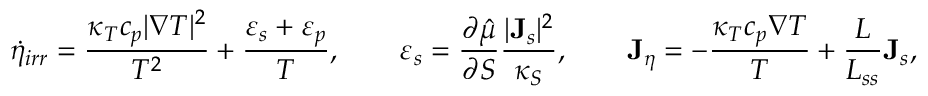
\dot { \eta } _ { i r r } = \frac { \kappa _ { T } c _ { p } | \nabla T | ^ { 2 } } { T ^ { 2 } } + \frac { \varepsilon _ { s } + \varepsilon _ { p } } { T } , \qquad \varepsilon _ { s } = \frac { \partial \hat { \mu } } { \partial S } \frac { | { \bf J } _ { s } | ^ { 2 } } { \kappa _ { S } } , \qquad { \bf J } _ { \eta } = - \frac { \kappa _ { T } c _ { p } \nabla T } { T } + \frac { L } { L _ { s s } } { \bf J } _ { s } ,